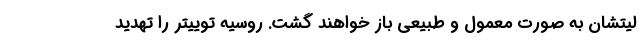
لیتشان به صورت معمول و طبیعی باز خواهند گشت. روسیه توییتر را تهدید